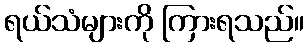
ရယ်သံများကို ကြားရသည်။